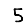
Digit: 5